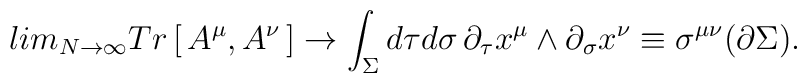
lim _{N\rightarrow \infty}Tr\left[ \,A^\mu, A^\nu\,\right]\rightarrow \int_\Sigma d\tau d\sigma\,\partial_\tau x^\mu\wedge \partial_\sigma x^\nu\equiv \sigma^{\mu\nu}(\partial\Sigma )  .